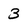
Character: 3